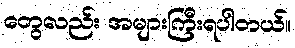
တွေလည်း အများကြီးရပါတယ်။